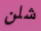
شلن